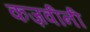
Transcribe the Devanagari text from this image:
कज़वीनी